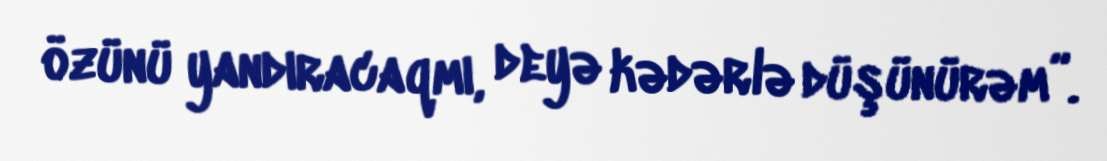
özünü yandıracaqmı, deyə kədərlə düşünürəm”.